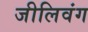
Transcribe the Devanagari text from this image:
जीलिवंग